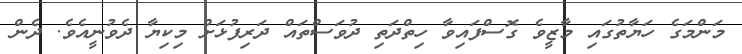
މަންމަގެ ހަޔާތުގައި މާޒީވެ ގޮސްފައިވާ ހިތްދަތި ދުވަސްތައް ދަރިފުޅަށް މިކިޔާ ދެވުނީއެވެ. ދެން